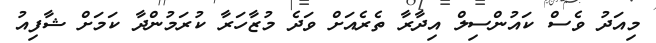
މިއަދު ވެސް ކައުންސިލް އިދާރާ ތެރެއަށް ވަދެ މުޒާހަރާ ކުރަމުންދާ ކަމަށް ޝާފިއު